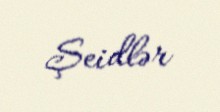
Şeidlər